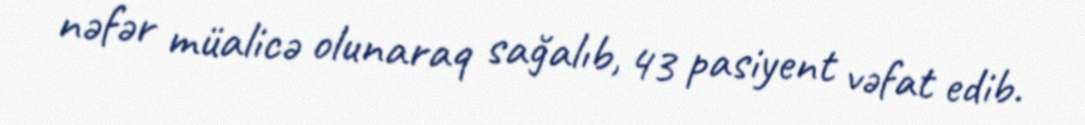
nəfər müalicə olunaraq sağalıb, 43 pasiyent vəfat edib.